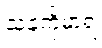
သနင်္ကုမာရံ